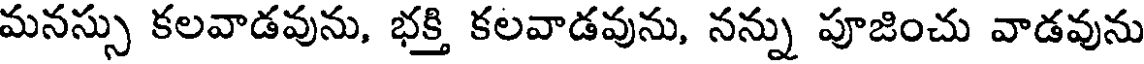
మనస్సు కలవాడవును, భక్తి కలవాడవును, నన్ను పూజించు వాడవును